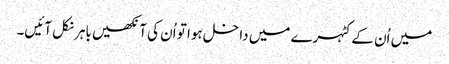
میں اُن کے کٹہرے میں داخل ہوا تو اُن کی آنکھیں باہر نکل آئیں۔